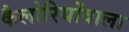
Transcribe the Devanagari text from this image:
कैलोरियोंवाला